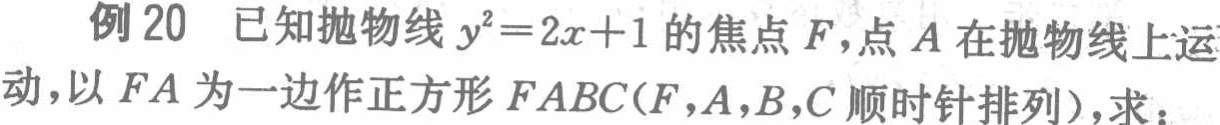
例20 已知抛物线\(y^{2}=2x + 1\)的焦点\(F\)，点\(A\)在抛物线上运动，以\(FA\)为一边作正方形\(FABC(F,A,B,C\)顺时针排列)，求：